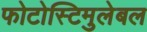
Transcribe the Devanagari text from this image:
फोटोस्टिमुलेबल